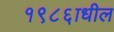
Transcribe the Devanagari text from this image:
१९८६ाधील